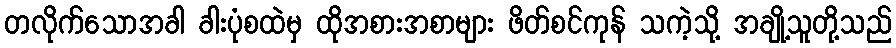
တလိုက်သောအခါ ခါးပုံစထဲမှ ထိုအစားအစာများ ဖိတ်စင်ကုန် သကဲ့သို့ အချို့သူတို့သည်